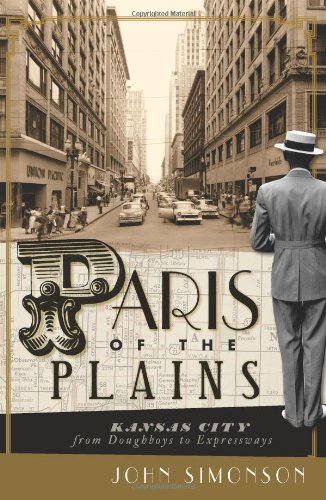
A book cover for Paris of the Plains:: Kansas City from Doughboys to Expressways; John Simonson; Biographies & Memoirs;